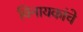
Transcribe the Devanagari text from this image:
विनायकांचे